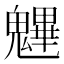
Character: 魓